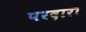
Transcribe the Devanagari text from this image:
परदारा